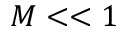
M < < 1